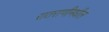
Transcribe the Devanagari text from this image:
रातराणीमधील